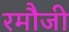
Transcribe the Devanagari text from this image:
रमौजी